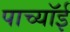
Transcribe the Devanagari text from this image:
पाच्यॉई